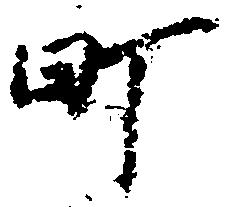
町